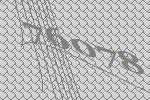
76078